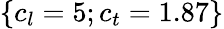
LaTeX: \{ c_{l}=5;c_{t}=1.87\}